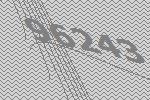
96243